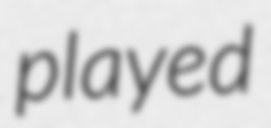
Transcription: played